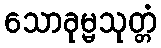
သောခုမ္မသုတ္တံ